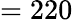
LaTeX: =220